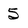
Character: 5